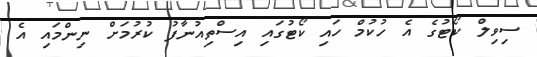
ސިވިލް ކޯޓުގެ އެ ހުކުމް ހައި ކޯޓުގައި އިސްތިއުނާފު ކުރުމަށް ނިންމައި އެ